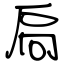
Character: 扃